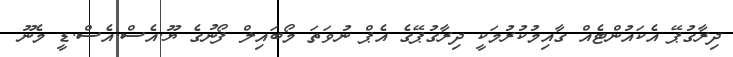
ދިރާގުޕޭ އެކައުންޓެއް ގާއިމުކުރުމަކީ ދިރާގުޕޭގެ އެޕް ނުވަތަ މޯބައިލް ފޯނުގެ ޔޫ.އެސް.އެސް.ޑީ މެނޫ